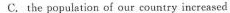
C.the population of our country increased